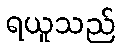
ရယူသည်